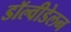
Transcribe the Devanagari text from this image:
डॉल्वीडेलन